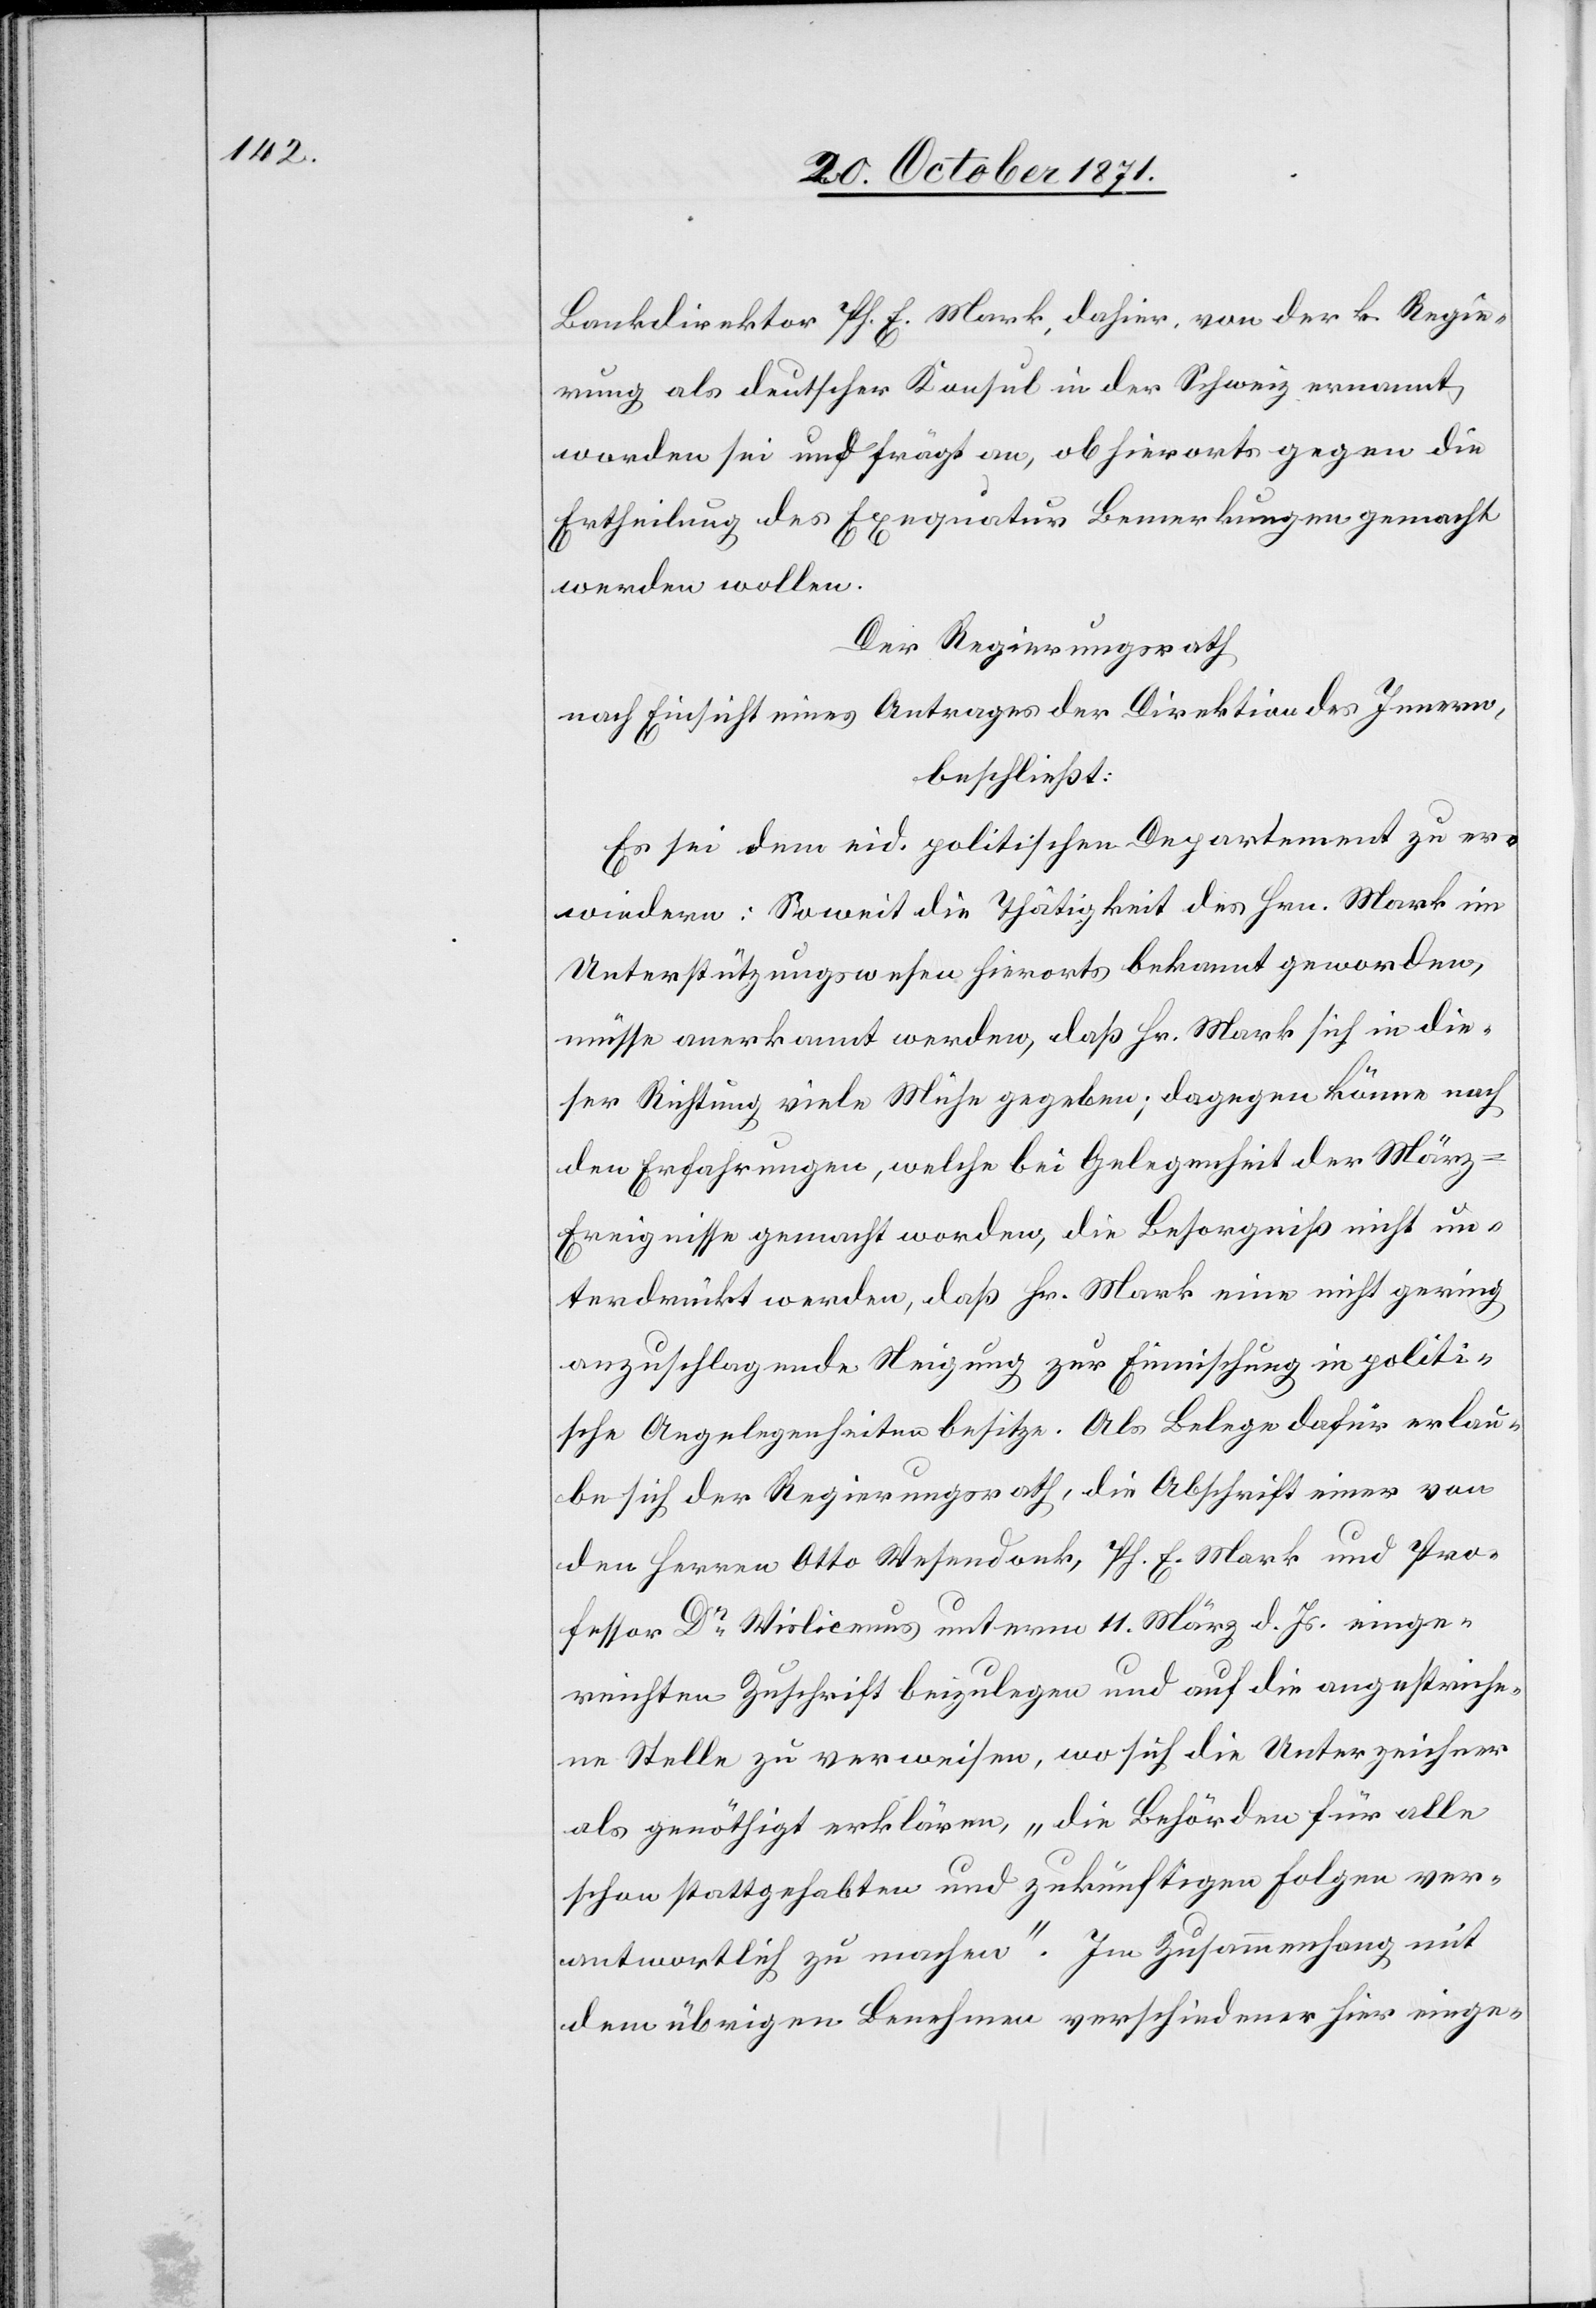
Bankdirektor Ph. E. Mark, dahier, von der k. Regie¬
rung als deutscher Konsul in der Schweiz ernannt
worden sei und frägt an, ob hierorts gegen die
Ertheilung der Exequatur Bemerkungen gemacht
werden wollen.
Der Regierungsrath
nach Einsicht eines Antrages der Direktion des Innern,
beschließt:
Es sei dem eid. politischen Departement zu er¬
wiedern: Soweit die Thätigkeit des Hrn. Mark im
Unterstützungswesen hierorts bekannt geworden,
müsse anerkannt werden, daß Hr. Mark sich in die¬
ser Richtung viele Mühe gegeben; dagegen käme nach
den Erfahrungen, welche bei Gelegenheit der Mär¬
z-Ereignisse gemacht werden, daß Hr. Mark eine nicht gering
anzuschlagende Neigung zur Einmischung in politi¬
sche Angelegenheiten besitze. Als Belege dafür erlau¬
be sich der Regierungsrath, die Abschrift einer von
den Herren Otto Wesendonk, Ph. E. Mark und Pro¬
fessor Dr Wislicenus unterm 11. März d. Js. einge¬
reichten Zuschrift beizulegen und auf die angestriche¬
ne Stelle zu verweisen, wo sich die Unterzeichner
als genöthigt erklären, „die Behörden für alle
schon stattgehabten und zukünftigen Folgen ver¬
antwortlich zu machen“. Im Zusammenhang mit
dem übrigen Benehmen verschiedener hier einge-